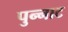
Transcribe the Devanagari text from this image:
पुन्नाट